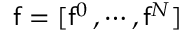
\mathsf { f } = [ \mathsf { f } ^ { 0 } \, , \cdots , \mathsf { f } ^ { N } ]